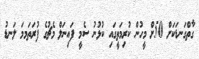
ގާތްގަނޑަކަށް 50ށް މީހުން ކުރިމަތީގައި ކުޅުނު ސެމީ ފައިނަލް މެޗުގެ ފުރަތަމމަ ލަނޑު